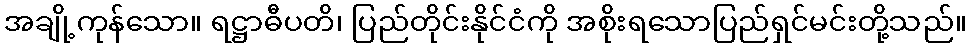
အချို့ကုန်သော။ ရဋ္ဌာဓီပတိ၊ ပြည်တိုင်းနိုင်ငံကို အစိုးရသောပြည်ရှင်မင်းတို့သည်။